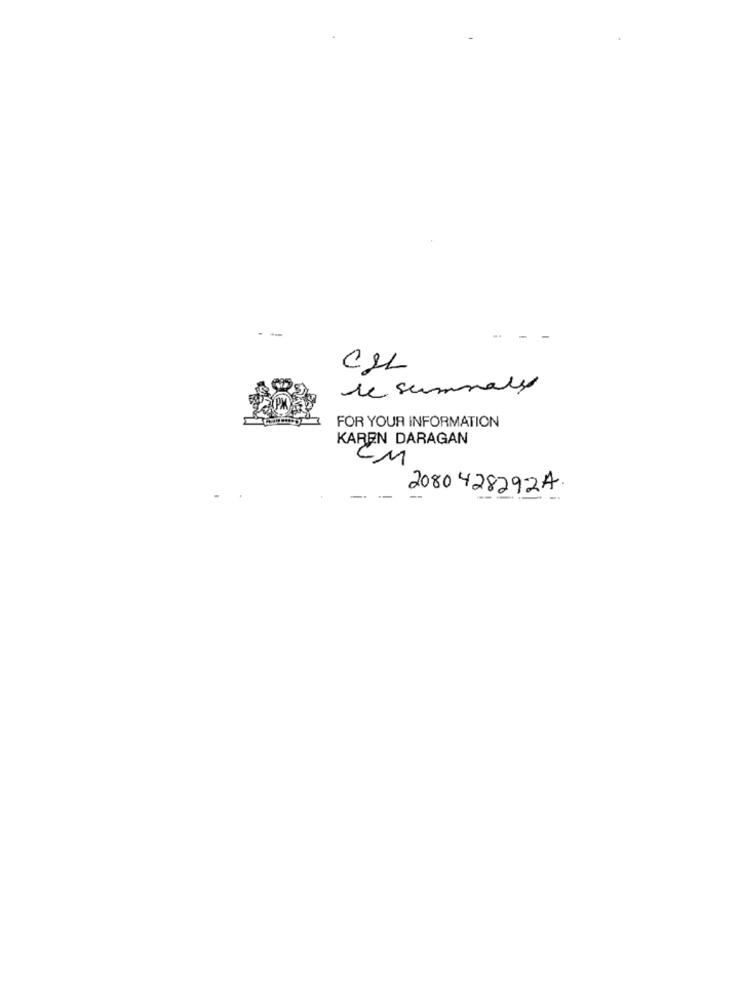
CIL
de summary
FOR YOUR INFORMATION
KAREN DARAGAN
CM
2080 4282924.